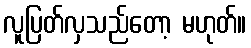
လူပြတ်လှသည်တော့ မဟုတ်။